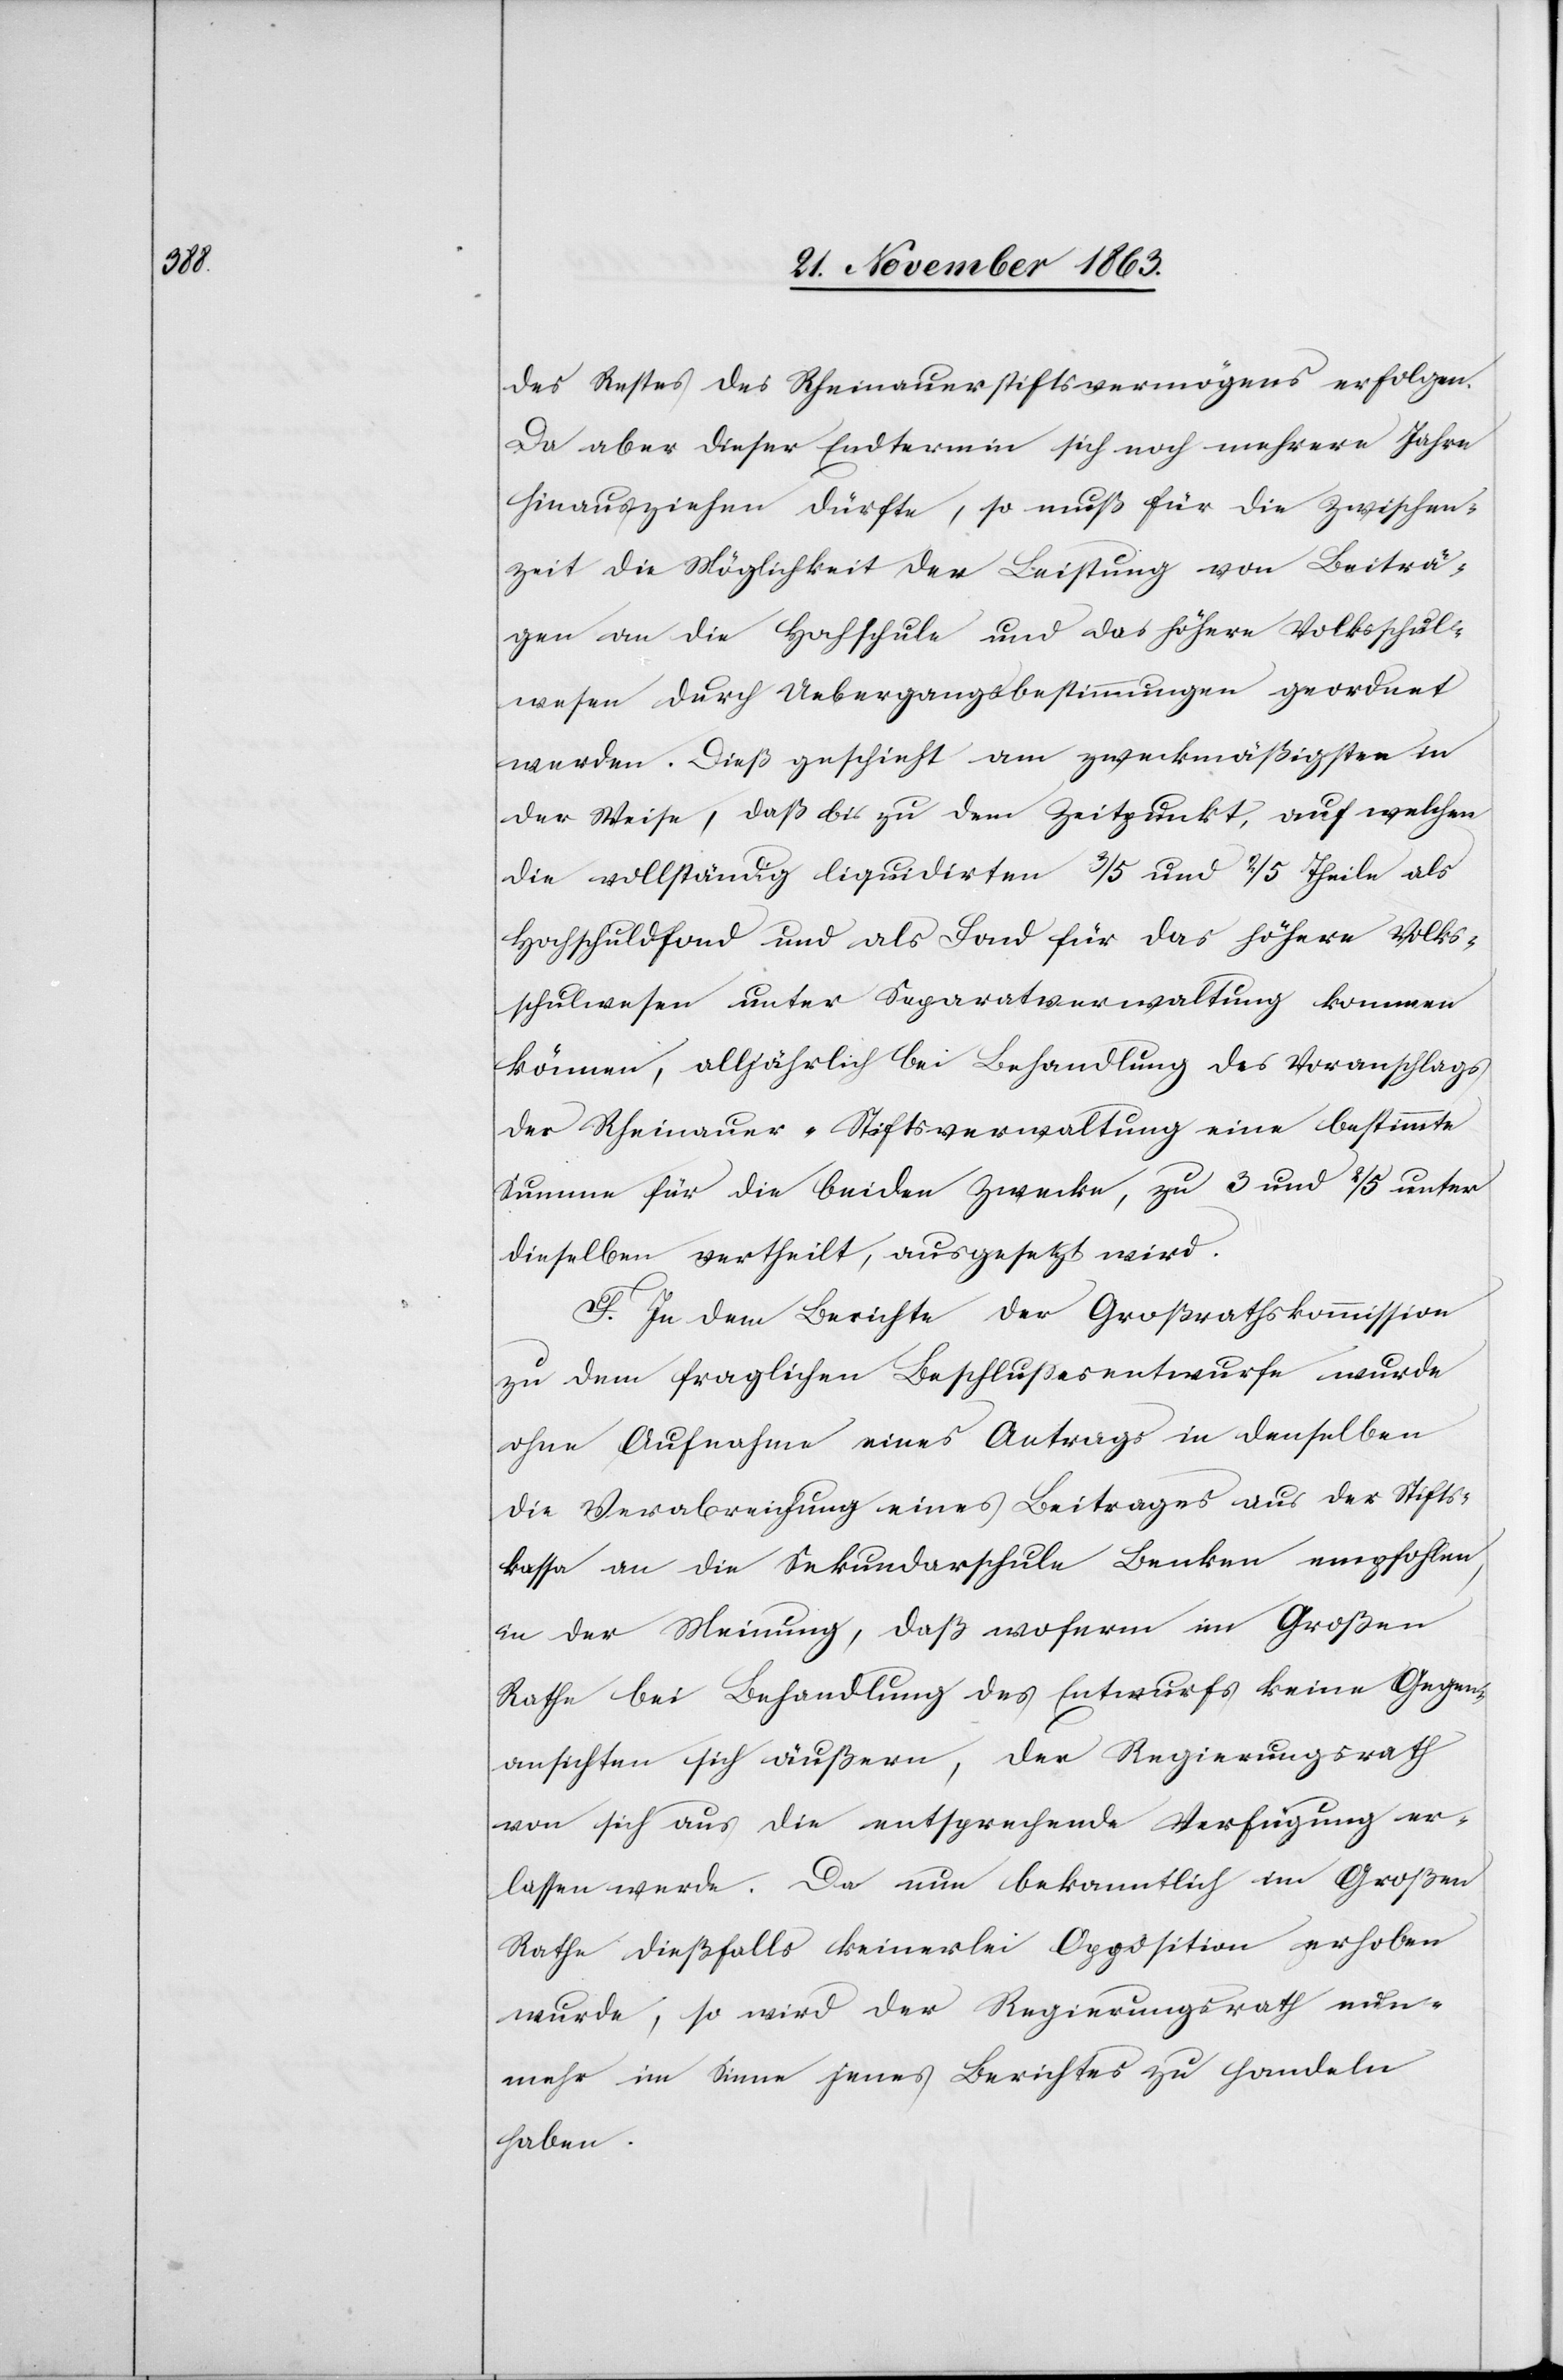
des Restes des Rheinauerstiftsvermögens erfolgen.
Da aber dieser Endtermin sich noch mehrere Jahre
hinausziehen dürfte, so muß für die Zwischen¬
zeit die Möglichkeit der Leistung von Beiträ¬
gen an die Hochschule und das höhere Volksschul¬
wesen durch Uebergangsbestimmungen geordnet
werden. Dieß geschieht am zweckmäßigsten in
der Weise, daß bis zu dem Zeitpunkt, auf welchen
die vollständig liquidirten 3/5 und 2/5 Theile als
Hochschuldfond [sic!] und als Fond für das höhere Volks¬
schulwesen unter Separatverwaltung kommen
können, alljährlich bei Behandlung des Voranschlags
der Rheinauer-Stiftsverwaltung eine bestimmte
Summe für die beiden Zwecke, zu 3 und 2/5 unter
dieselben vertheilt, ausgesetzt wird.
F. In dem Berichte der Großrathskommission
zu dem fraglichen Beschlussesentwurfe wurde
ohne Aufnahme eines Antrags in denselben
die Verabreichung eines Beitrages aus der Stifts¬
kassa an die Sekundarschule Benken empfohlen,
in der Meinung, daß woferm [sic!] im Großen
Rathe bei Behandlung des Entwurfs keine Gegen¬
ansichten sich äußern, der Regierungsrath
von sich aus die entsprechende Verfügung er¬
lassen werde. Da nun bekanntlich im Großen
Rathe dießfalls keinerlei Opposition erhoben
wurde, so wird der Regierungsrath nun¬
mehr im Sinne jenes Berichtes zu handeln
haben.